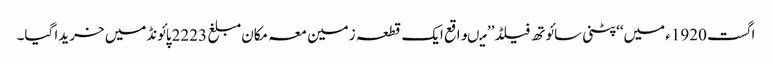
اگست 1920ء میں‘‘پٹنی سائوتھ فیلڈ’’ میںواقع ایک قطعہ زمین معہ مکان مبلغ 2223پائونڈمیں خریدا گیا۔